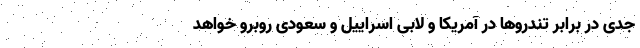
جدی در برابر تندروها در آمریکا و لابی اسراییل و سعودی روبرو خواهد